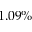
1 . 0 9 \%